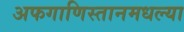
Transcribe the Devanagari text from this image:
अफगाणिस्तानमधल्या